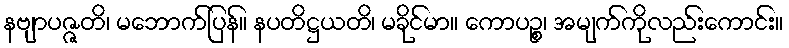
နဗျာပဇ္ဇတိ၊ မဘောက်ပြန်။ နပတိဋ္ဌယတိ၊ မခိုင်မာ။ ကောပဉ္စ၊ အမျက်ကိုလည်းကောင်း။